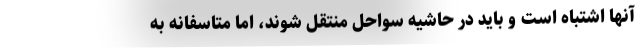
آنها اشتباه است و باید در حاشیه سواحل منتقل شوند، اما متاسفانه به